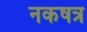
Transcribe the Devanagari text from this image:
नकषत्र